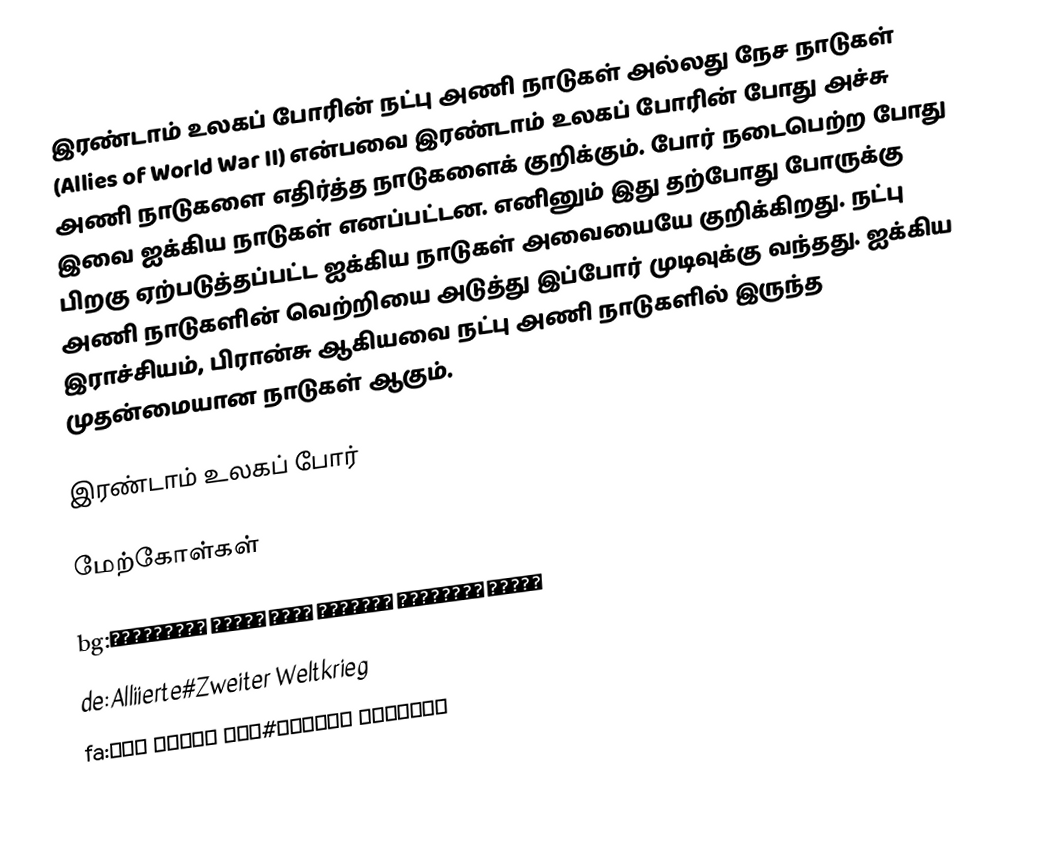
இரண்டாம் உலகப் போரின் நட்பு அணி நாடுகள் அல்லது நேச நாடுகள் (Allies of World War II) என்பவை இரண்டாம் உலகப் போரின் போது அச்சு அணி நாடுகளை எதிர்த்த நாடுகளைக் குறிக்கும். போர் நடைபெற்ற போது இவை ஐக்கிய நாடுகள் எனப்பட்டன. எனினும் இது தற்போது போருக்கு பிறகு ஏற்படுத்தப்பட்ட ஐக்கிய நாடுகள் அவையையே குறிக்கிறது. நட்பு அணி நாடுகளின் வெற்றியை அடுத்து இப்போர் முடிவுக்கு வந்தது. ஐக்கிய இராச்சியம், பிரான்சு ஆகியவை நட்பு அணி நாடுகளில் இருந்த முதன்மையான நாடுகள் ஆகும்.

இரண்டாம் உலகப் போர்

மேற்கோள்கள்

bg:Обединени нации през Втората световна война
de:Alliierte#Zweiter Weltkrieg
fa:نیروهای متفقین#جنگ جهانی دوم